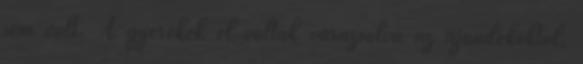
sem volt. A gyerekek el voltak varázsolva az ajándékoktól,